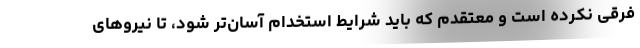
فرقی نکرده است و معتقدم که باید شرایط استخدام آسان‌تر شود، تا نیروهای